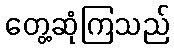
တွေ့ဆုံကြသည်